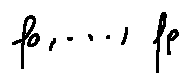
f _ { 0 } , \ldots , f _ { p }